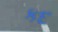
કદ